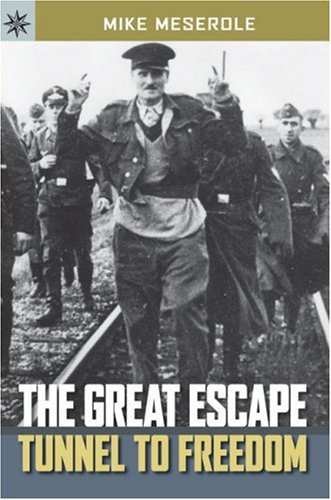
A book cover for Sterling Point BooksÂ®: The Great Escape: Tunnel to Freedom; Mike Meserole; Teen & Young Adult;